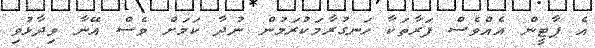
އެ ޕާޓީން އެއްވެސް ފަރާތަކާ ހަނގުރާމަކުރަމުން ނުދާ ކަމަށް ވެސް އޭނާ ވިދާޅުވި